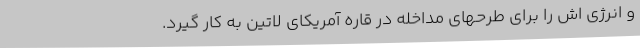
و انرژی اش را برای طرحهای مداخله در قاره آمریکای لاتین به کار گیرد.